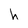
Character: h